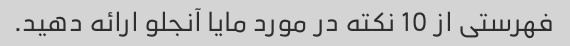
فهرستی از 10 نکته در مورد مایا آنجلو ارائه دهید.